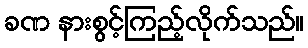
ခဏ နားစွင့်ကြည့်လိုက်သည်။